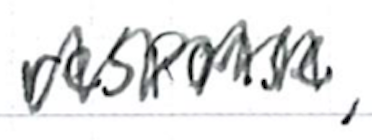
Text: response,
Cross-out: zig-zag
Writing tool: ballpoint